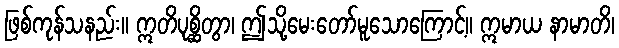
ဖြစ်ကုန်သနည်း။ ဣတိပုစ္ဆိတွာ၊ ဤသို့မေးတော်မူသောကြောင့်။ ဣမာယ နာမာတိ၊